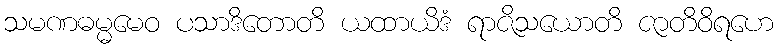
သမဏဓမ္မမေဝ ပသာဒိတောတိ ယထာယိဒံ ရာဇိသယောတိ ဇာတိဝိရဟေ